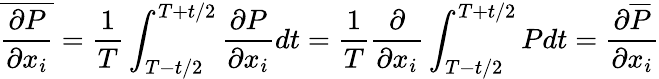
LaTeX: \overline{{\frac{\partial P}{\partial x_{i}}}}={\frac{1}{T}}\int_{T-t/2}^{T+t/2}{\frac{\partial P}{\partial x_{i}}}dt={\frac{1}{T}}{\frac{\partial}{\partial x_{i}}}\int_{T-t/2}^{T+t/2}Pdt={\frac{\partial\overline{{P}}}{\partial x_{i}}}